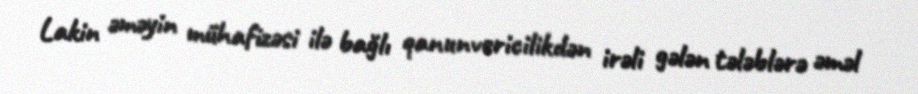
Lakin əməyin mühafizəsi ilə bağlı qanunvericilikdən irəli gələn tələblərə əməl